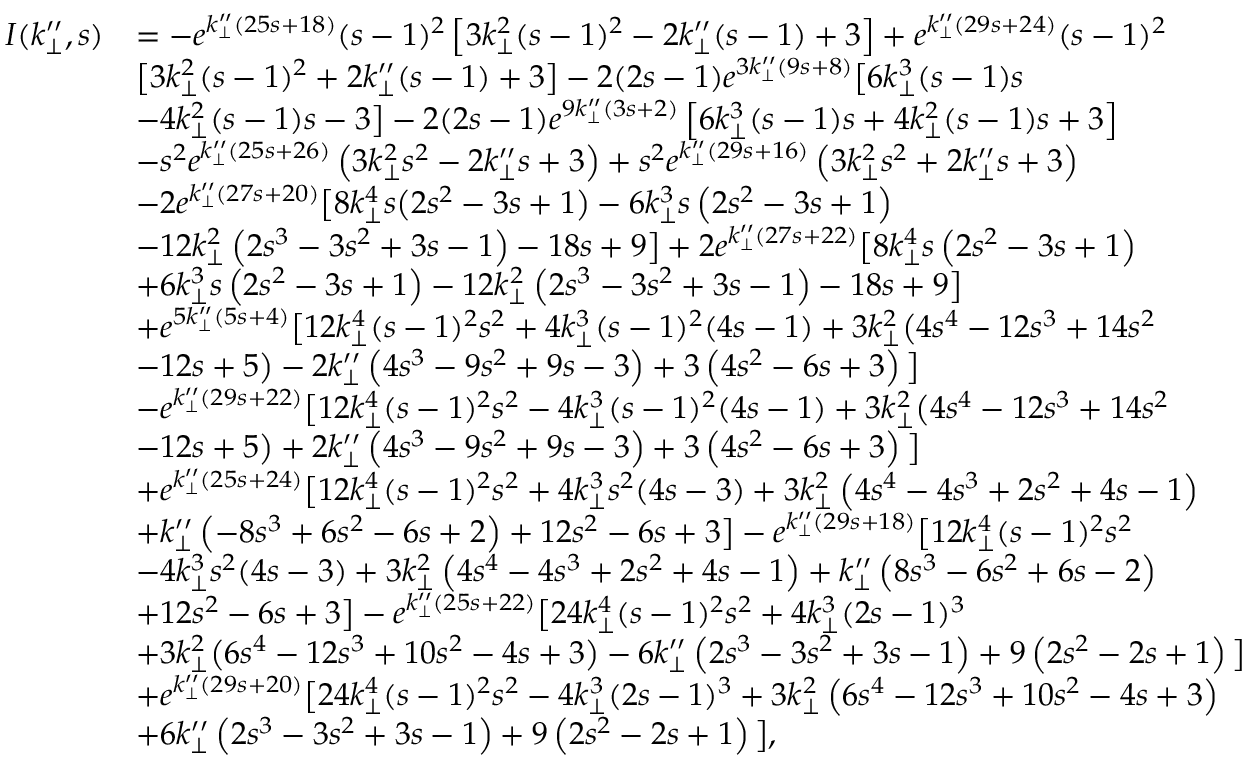
\begin{array} { r l } { I ( k _ { \perp } ^ { \prime \prime } , s ) } & { = - e ^ { k _ { \perp } ^ { \prime \prime } ( 2 5 s + 1 8 ) } ( s - 1 ) ^ { 2 } \left[ 3 k _ { \perp } ^ { 2 } ( s - 1 ) ^ { 2 } - 2 k _ { \perp } ^ { \prime \prime } ( s - 1 ) + 3 \right] + e ^ { k _ { \perp } ^ { \prime \prime } ( 2 9 s + 2 4 ) } ( s - 1 ) ^ { 2 } } \\ & { \big [ 3 k _ { \perp } ^ { 2 } ( s - 1 ) ^ { 2 } + 2 k _ { \perp } ^ { \prime \prime } ( s - 1 ) + 3 \big ] - 2 ( 2 s - 1 ) e ^ { 3 k _ { \perp } ^ { \prime \prime } ( 9 s + 8 ) } \big [ 6 k _ { \perp } ^ { 3 } ( s - 1 ) s } \\ & { - 4 k _ { \perp } ^ { 2 } ( s - 1 ) s - 3 \big ] - 2 ( 2 s - 1 ) e ^ { 9 k _ { \perp } ^ { \prime \prime } ( 3 s + 2 ) } \left[ 6 k _ { \perp } ^ { 3 } ( s - 1 ) s + 4 k _ { \perp } ^ { 2 } ( s - 1 ) s + 3 \right] } \\ & { - s ^ { 2 } e ^ { k _ { \perp } ^ { \prime \prime } ( 2 5 s + 2 6 ) } \left( 3 k _ { \perp } ^ { 2 } s ^ { 2 } - 2 k _ { \perp } ^ { \prime \prime } s + 3 \right) + s ^ { 2 } e ^ { k _ { \perp } ^ { \prime \prime } ( 2 9 s + 1 6 ) } \left( 3 k _ { \perp } ^ { 2 } s ^ { 2 } + 2 k _ { \perp } ^ { \prime \prime } s + 3 \right) } \\ & { - 2 e ^ { k _ { \perp } ^ { \prime \prime } ( 2 7 s + 2 0 ) } \big [ 8 k _ { \perp } ^ { 4 } s \big ( 2 s ^ { 2 } - 3 s + 1 \big ) - 6 k _ { \perp } ^ { 3 } s \left( 2 s ^ { 2 } - 3 s + 1 \right) } \\ & { - 1 2 k _ { \perp } ^ { 2 } \left( 2 s ^ { 3 } - 3 s ^ { 2 } + 3 s - 1 \right) - 1 8 s + 9 \big ] + 2 e ^ { k _ { \perp } ^ { \prime \prime } ( 2 7 s + 2 2 ) } \big [ 8 k _ { \perp } ^ { 4 } s \left( 2 s ^ { 2 } - 3 s + 1 \right) } \\ & { + 6 k _ { \perp } ^ { 3 } s \left( 2 s ^ { 2 } - 3 s + 1 \right) - 1 2 k _ { \perp } ^ { 2 } \left( 2 s ^ { 3 } - 3 s ^ { 2 } + 3 s - 1 \right) - 1 8 s + 9 \big ] } \\ & { + e ^ { 5 k _ { \perp } ^ { \prime \prime } ( 5 s + 4 ) } \big [ 1 2 k _ { \perp } ^ { 4 } ( s - 1 ) ^ { 2 } s ^ { 2 } + 4 k _ { \perp } ^ { 3 } ( s - 1 ) ^ { 2 } ( 4 s - 1 ) + 3 k _ { \perp } ^ { 2 } \big ( 4 s ^ { 4 } - 1 2 s ^ { 3 } + 1 4 s ^ { 2 } } \\ & { - 1 2 s + 5 \big ) - 2 k _ { \perp } ^ { \prime \prime } \left( 4 s ^ { 3 } - 9 s ^ { 2 } + 9 s - 3 \right) + 3 \left( 4 s ^ { 2 } - 6 s + 3 \right) \big ] } \\ & { - e ^ { k _ { \perp } ^ { \prime \prime } ( 2 9 s + 2 2 ) } \big [ 1 2 k _ { \perp } ^ { 4 } ( s - 1 ) ^ { 2 } s ^ { 2 } - 4 k _ { \perp } ^ { 3 } ( s - 1 ) ^ { 2 } ( 4 s - 1 ) + 3 k _ { \perp } ^ { 2 } \big ( 4 s ^ { 4 } - 1 2 s ^ { 3 } + 1 4 s ^ { 2 } } \\ & { - 1 2 s + 5 \big ) + 2 k _ { \perp } ^ { \prime \prime } \left( 4 s ^ { 3 } - 9 s ^ { 2 } + 9 s - 3 \right) + 3 \left( 4 s ^ { 2 } - 6 s + 3 \right) \big ] } \\ & { + e ^ { k _ { \perp } ^ { \prime \prime } ( 2 5 s + 2 4 ) } \big [ 1 2 k _ { \perp } ^ { 4 } ( s - 1 ) ^ { 2 } s ^ { 2 } + 4 k _ { \perp } ^ { 3 } s ^ { 2 } ( 4 s - 3 ) + 3 k _ { \perp } ^ { 2 } \left( 4 s ^ { 4 } - 4 s ^ { 3 } + 2 s ^ { 2 } + 4 s - 1 \right) } \\ & { + k _ { \perp } ^ { \prime \prime } \left( - 8 s ^ { 3 } + 6 s ^ { 2 } - 6 s + 2 \right) + 1 2 s ^ { 2 } - 6 s + 3 \big ] - e ^ { k _ { \perp } ^ { \prime \prime } ( 2 9 s + 1 8 ) } \big [ 1 2 k _ { \perp } ^ { 4 } ( s - 1 ) ^ { 2 } s ^ { 2 } } \\ & { - 4 k _ { \perp } ^ { 3 } s ^ { 2 } ( 4 s - 3 ) + 3 k _ { \perp } ^ { 2 } \left( 4 s ^ { 4 } - 4 s ^ { 3 } + 2 s ^ { 2 } + 4 s - 1 \right) + k _ { \perp } ^ { \prime \prime } \left( 8 s ^ { 3 } - 6 s ^ { 2 } + 6 s - 2 \right) } \\ & { + 1 2 s ^ { 2 } - 6 s + 3 \big ] - e ^ { k _ { \perp } ^ { \prime \prime } ( 2 5 s + 2 2 ) } \big [ 2 4 k _ { \perp } ^ { 4 } ( s - 1 ) ^ { 2 } s ^ { 2 } + 4 k _ { \perp } ^ { 3 } ( 2 s - 1 ) ^ { 3 } } \\ & { + 3 k _ { \perp } ^ { 2 } \big ( 6 s ^ { 4 } - 1 2 s ^ { 3 } + 1 0 s ^ { 2 } - 4 s + 3 \big ) - 6 k _ { \perp } ^ { \prime \prime } \left( 2 s ^ { 3 } - 3 s ^ { 2 } + 3 s - 1 \right) + 9 \left( 2 s ^ { 2 } - 2 s + 1 \right) \big ] } \\ & { + e ^ { k _ { \perp } ^ { \prime \prime } ( 2 9 s + 2 0 ) } \big [ 2 4 k _ { \perp } ^ { 4 } ( s - 1 ) ^ { 2 } s ^ { 2 } - 4 k _ { \perp } ^ { 3 } ( 2 s - 1 ) ^ { 3 } + 3 k _ { \perp } ^ { 2 } \left( 6 s ^ { 4 } - 1 2 s ^ { 3 } + 1 0 s ^ { 2 } - 4 s + 3 \right) } \\ & { + 6 k _ { \perp } ^ { \prime \prime } \left( 2 s ^ { 3 } - 3 s ^ { 2 } + 3 s - 1 \right) + 9 \left( 2 s ^ { 2 } - 2 s + 1 \right) \big ] , } \end{array}